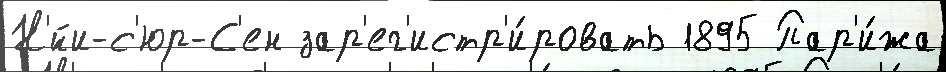
Н'́йи-с'юр-С'ен зар'ег'истр'и́ровать 1895 Пар'и́жа